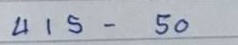
415 - 50